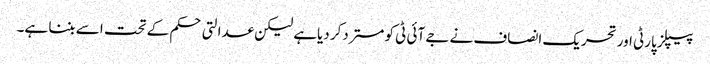
پیپلز پارٹی اور تحریک انصاف نے جے آئی ٹی کو مستردکر دیاہے لیکن عدالتی حکم کے تحت اسے بننا ہے۔